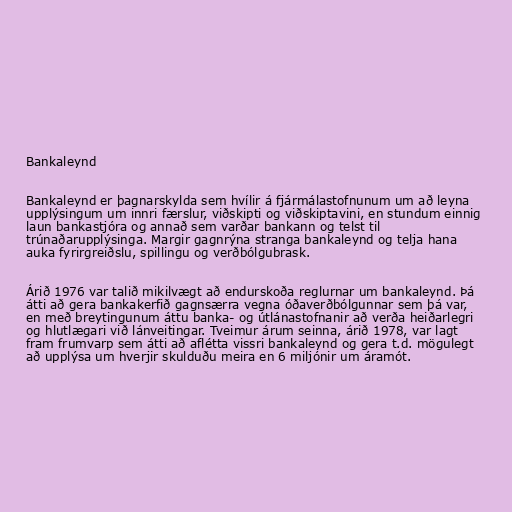
Bankaleynd

Bankaleynd er þagnarskylda sem hvílir á fjármálastofnunum um að leyna
upplýsingum um innri færslur, viðskipti og viðskiptavini, en stundum einnig
laun bankastjóra og annað sem varðar bankann og telst til
trúnaðarupplýsinga. Margir gagnrýna stranga bankaleynd og telja hana
auka fyrirgreiðslu, spillingu og verðbólgubrask.

Árið 1976 var talið mikilvægt að endurskoða reglurnar um bankaleynd. Þá
átti að gera bankakerfið gagnsærra vegna óðaverðbólgunnar sem þá var,
en með breytingunum áttu banka- og útlánastofnanir að verða heiðarlegri
og hlutlægari við lánveitingar. Tveimur árum seinna, árið 1978, var lagt
fram frumvarp sem átti að aflétta vissri bankaleynd og gera t.d. mögulegt
að upplýsa um hverjir skulduðu meira en 6 miljónir um áramót.